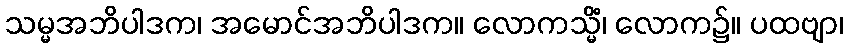
သမ္မအဘိပါဒက၊ အမောင်အဘိပါဒက။ လောကသ္မိံ၊ လောက၌။ ပထဗျာ၊